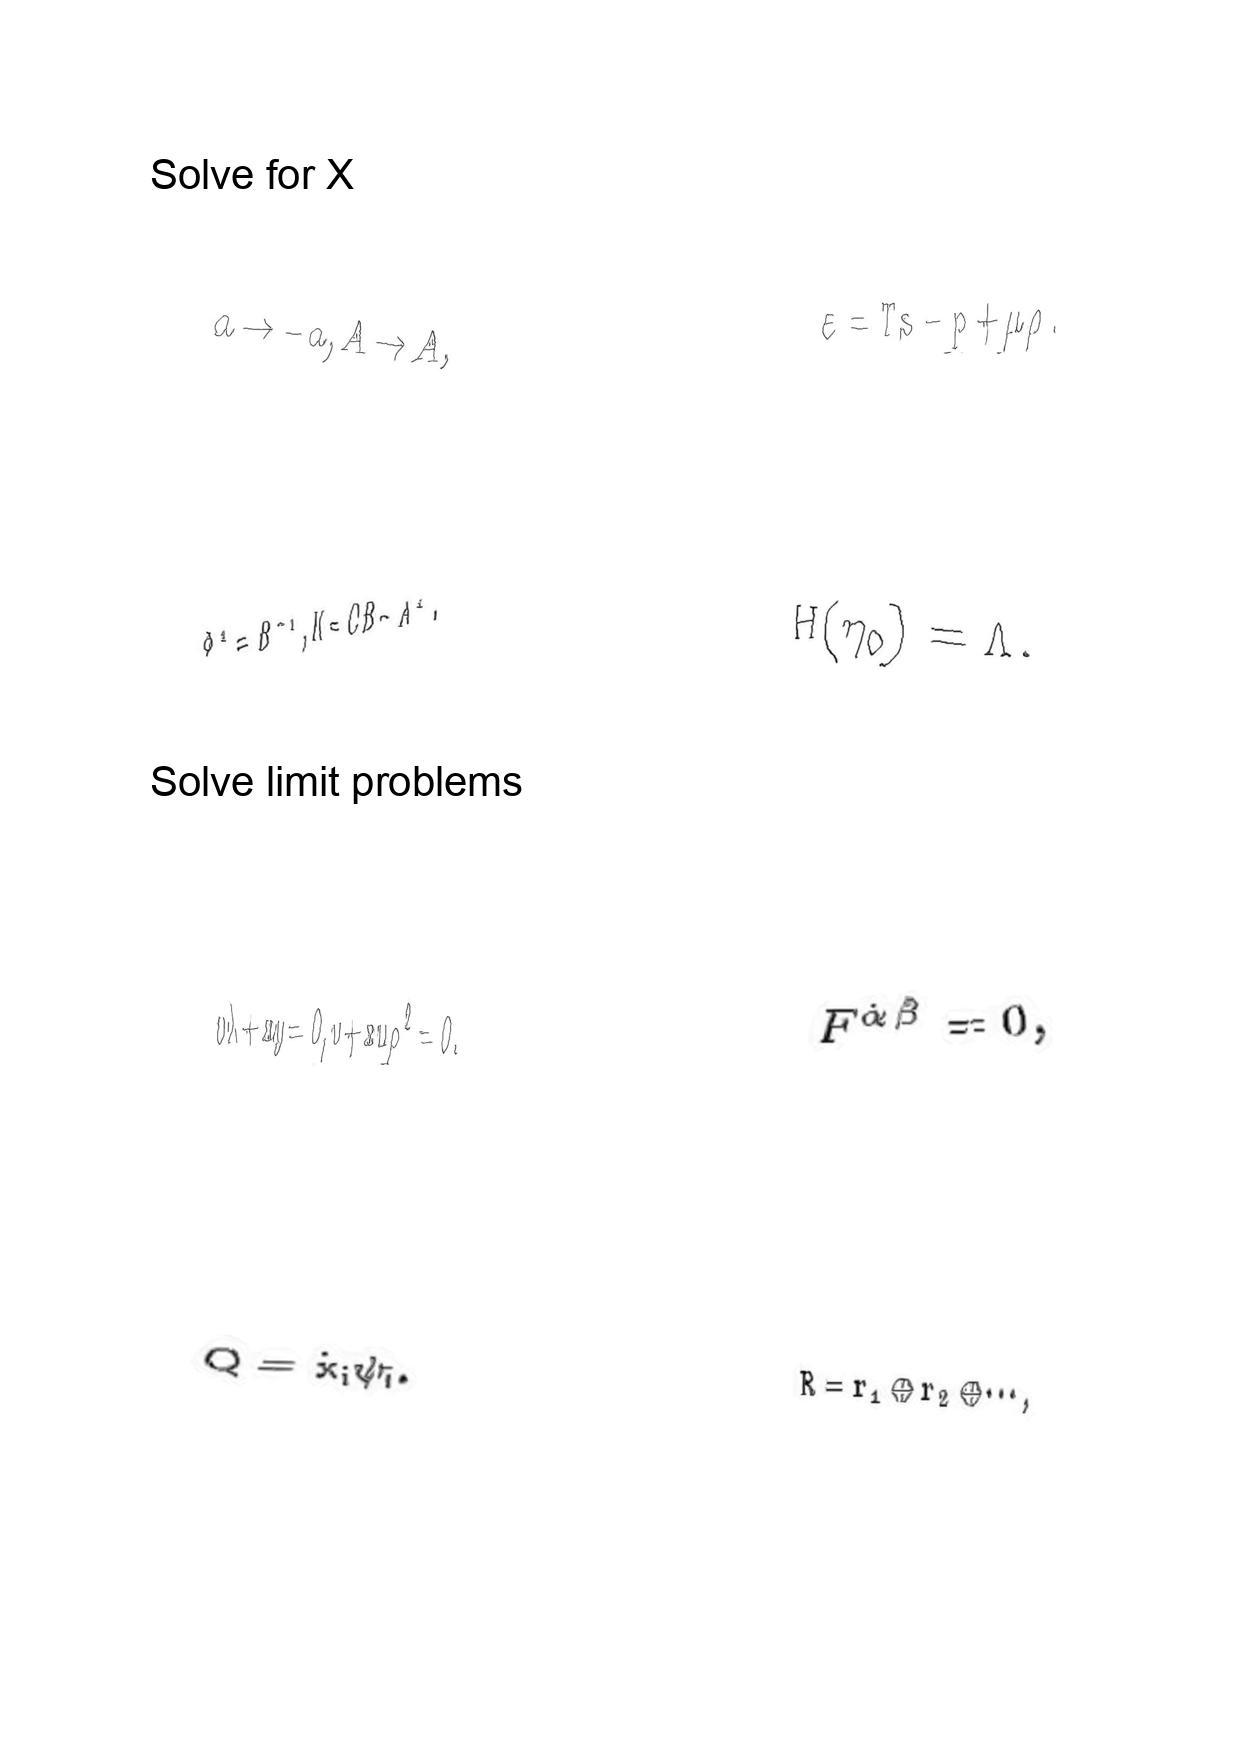
LaTeX transcription:
a \rightarrow - a , A \rightarrow A ,
\Phi ^ { 2 } = B ^ { - 1 } , K = C B - A ^ { 2 } .
v \lambda + x y = 0 , v + x u \rho ^ { 2 } = 0 .
Q = \dot { x } _ { i } \psi _ { i } .
\varepsilon = T s - p + \mu \rho .
H \lparen \eta _ { 0 } \rparen = \Lambda .
F ^ { \dot { \alpha } \dot { \beta } } = 0 ,
R = r _ { 1 } \oplus r _ { 2 } \oplus \@cdots ,